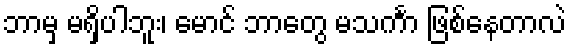
ဘာမှ မရှိပါဘူး၊ မောင် ဘာတွေ မသင်္ကာ ဖြစ်နေတာလဲ